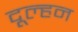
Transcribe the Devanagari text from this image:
दूल्हन